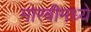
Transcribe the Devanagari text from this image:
मोरबीमध्ये